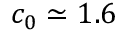
c _ { 0 } \simeq 1 . 6